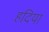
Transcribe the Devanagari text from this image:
हदिया